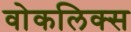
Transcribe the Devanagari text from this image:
वोकलिक्स